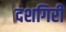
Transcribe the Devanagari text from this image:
दशगिरी